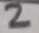
Text: 2